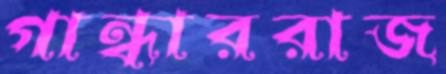
গান্ধাররাজ